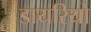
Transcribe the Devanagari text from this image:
डायरियो